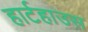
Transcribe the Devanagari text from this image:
हार्टहाउस